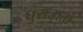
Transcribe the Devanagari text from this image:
घुसजाता